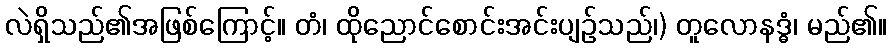
လဲရှိသည်၏အဖြစ်ကြောင့်။ တံ၊ ထိုညောင်စောင်းအင်းပျဉ်သည်၊) တူလောနဒ္ဓံ၊ မည်၏။